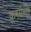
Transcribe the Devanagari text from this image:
क्रूसांची